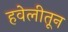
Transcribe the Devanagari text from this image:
हवेलीतून